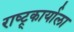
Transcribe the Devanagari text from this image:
राष्ट्र्कार्याला